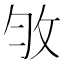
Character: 𢼇